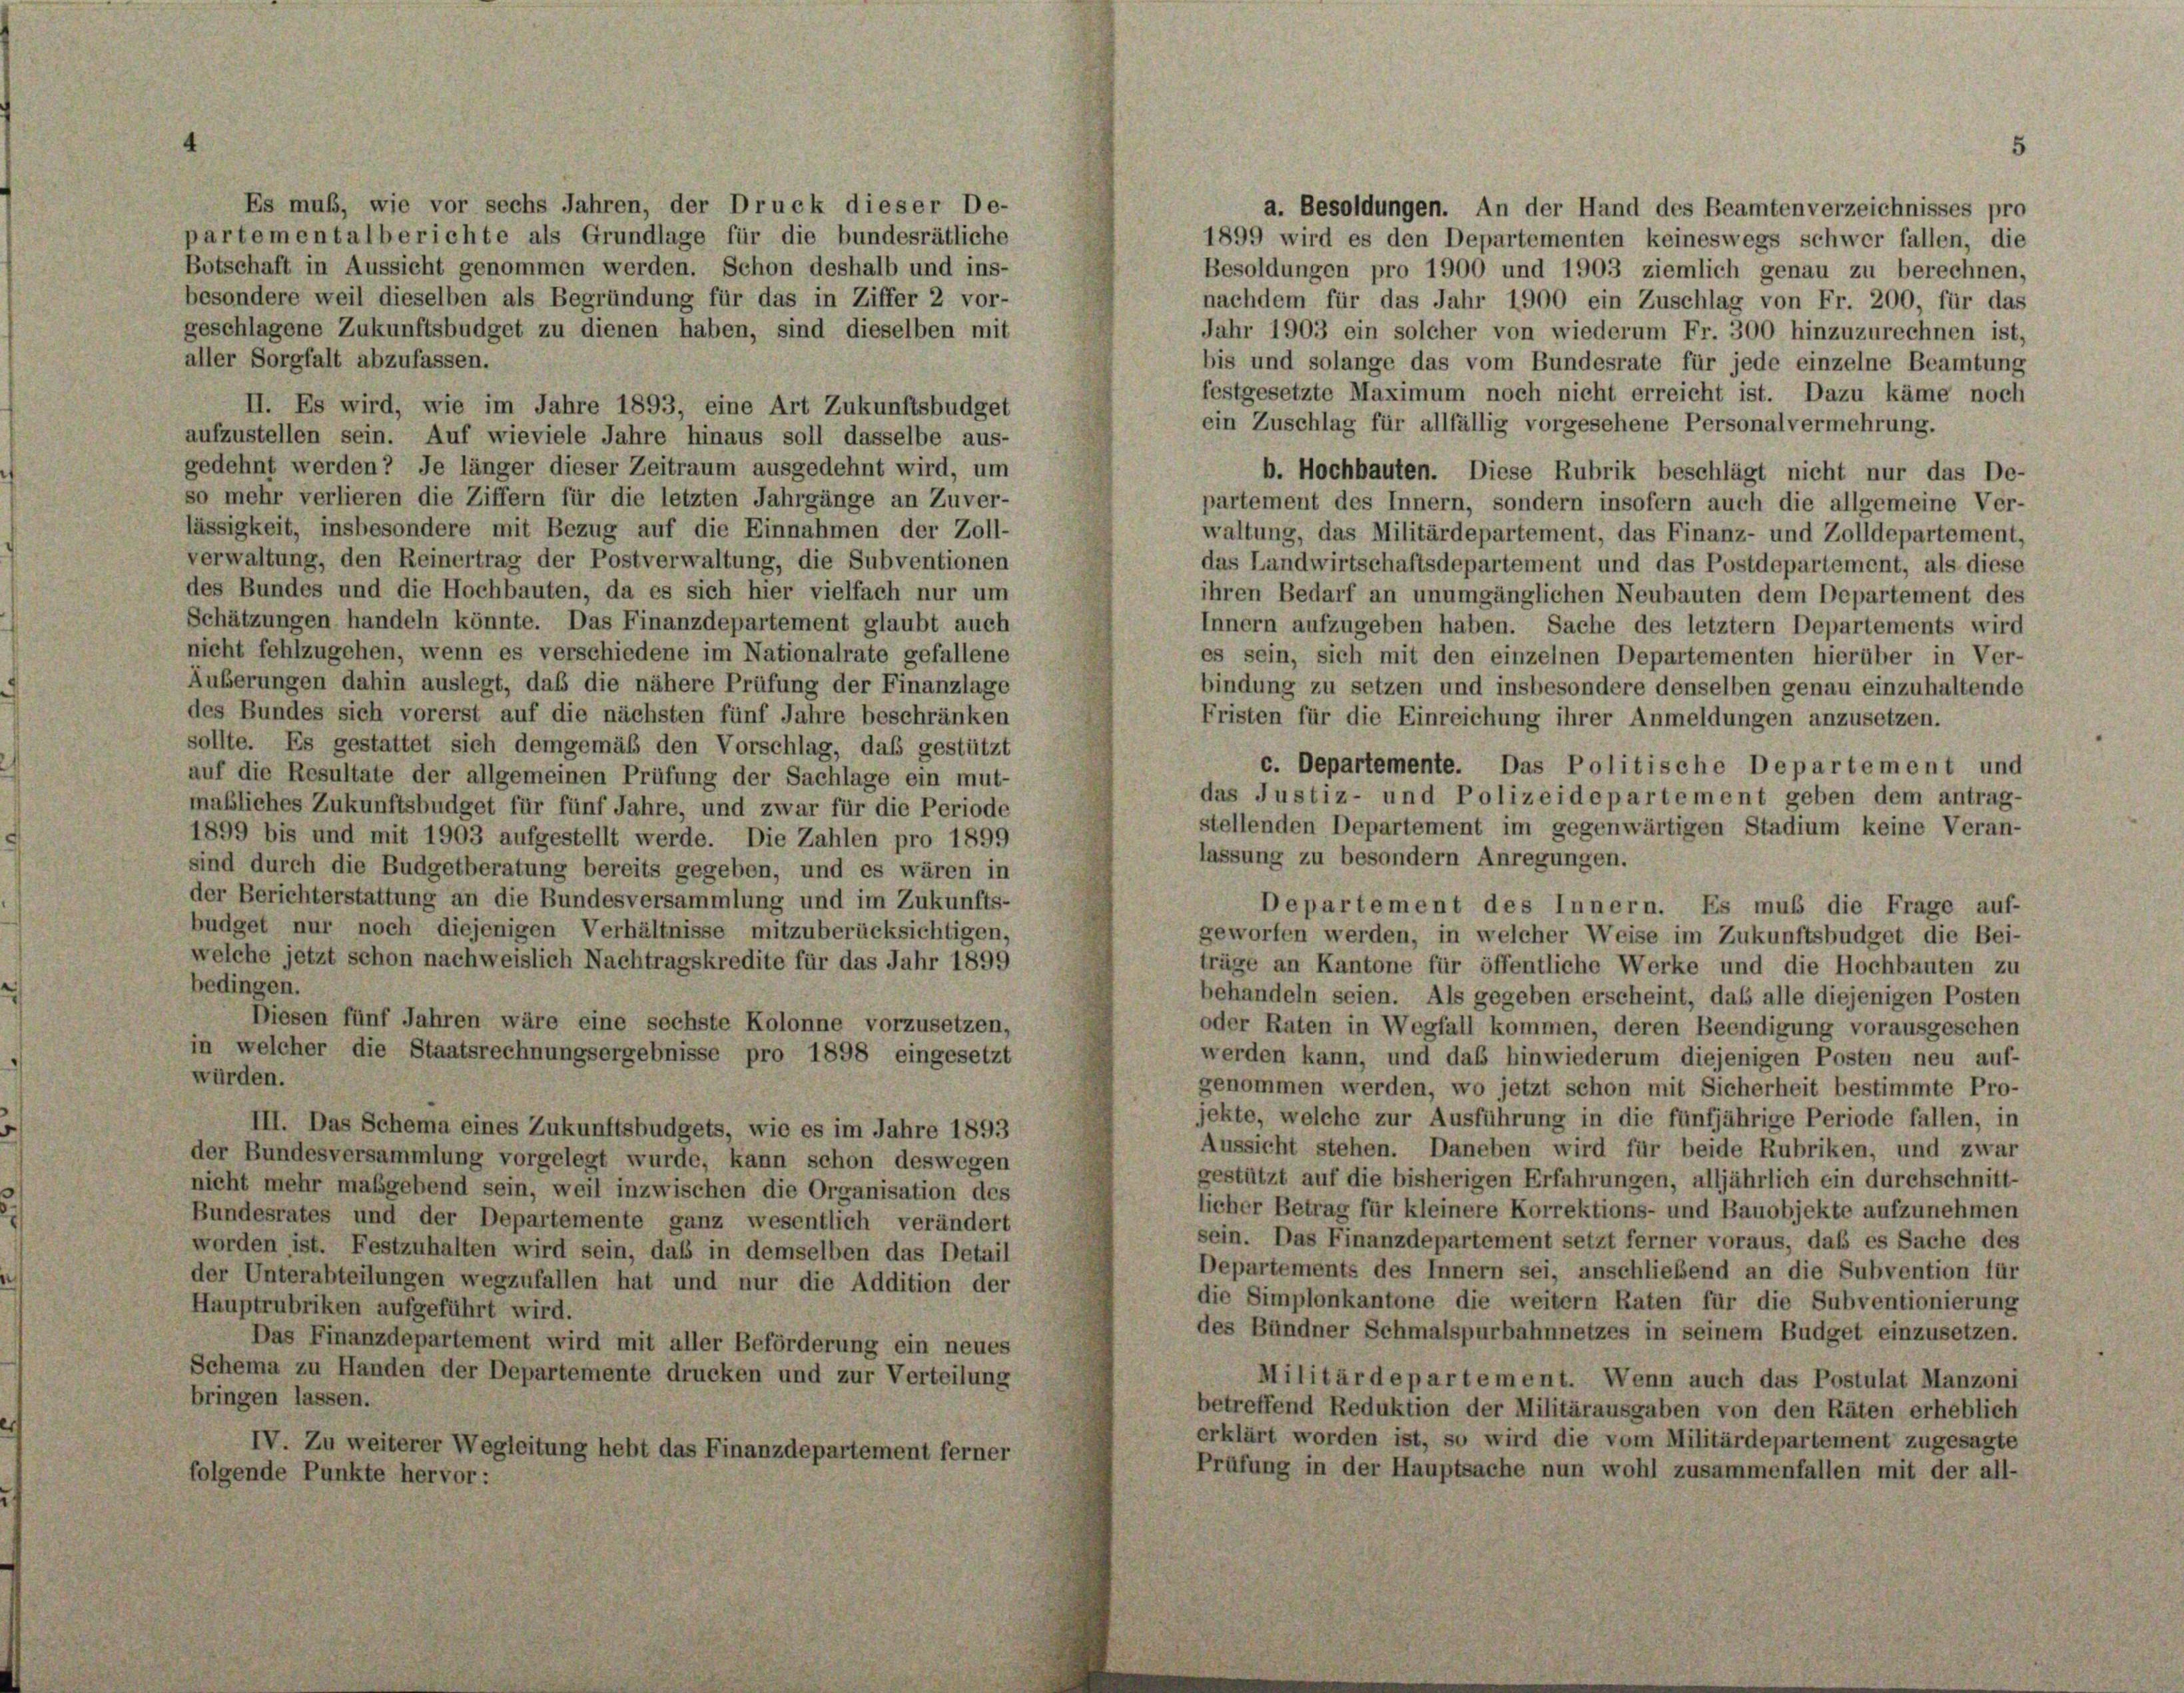
Es muß, wie vor sechs Jahren, der Druck dieser De-
a. Besoldungen. An der Hand des Beamtenverzeichnisses pro
partementalberichte als Grundlage für die bundesrätliche
1899 wird es den Departementen keineswegs schwer fallen, die
Botschaft in Aussicht genommen werden. Schon deshalb und ins-
Besoldungen pro 1900 und 1903 ziemlich genau zu berechnen,
besondere weil dieselben als Begründung für das in Ziffer 2 vor-
nachdem für das Jahr 1900 ein Zuschlag von Fr. 200, für das
geschlagene Zukunftsbudget zu dienen haben, sind dieselben mit
Jahr 1903 ein solcher von wiederum Fr. 300 hinzuzurechnen ist,
aller Sorgfalt abzufassen.
bis und solange das vom Bundesrate für jede einzelne Beamtung
festgesetzte Maximum noch nicht erreicht ist. Dazu käme noch
II. Es wird, wie im Jahre 1893, eine Art Zukunftsbudget
ein Zuschlag für allfällig vorgesehene Personalvermehrung.
aufzustellen sein. Auf wieviele Jahre hinaus soll dasselbe aus-
gedehnt werden? Je länger dieser Zeitraum ausgedehnt wird, um
b. Hochbauten. Diese Rubrik beschlägt nicht nur das De
so mehr verlieren die Ziffern für die letzten Jahrgänge an Zuver-
partement des Innern, sondern insofern auch die allgemeine Ver
lässigkeit, insbesondere mit Bezug auf die Einnahmen der Zoll-
waltung, das Militärdepartement, das Finanz- und Zolldepartement
verwaltung, den Reinertrag der Postverwaltung, die Subventionen
das Landwirtschaftsdepartement und das Postdepartement, als diese
des Bundes und die Hochbauten, da es sich hier vielfach nur um
ihren Bedarf an unumgänglichen Neubauten dem Departement des
Schätzungen handeln könnte. Das Finanzdepartement glaubt auch
Innern aufzugeben haben. Sache des letztem Departements wird
nicht fehlzugehen, wenn es verschiedene im Nationalrate gefallene
es sein, sich mit den einzelnen Departementen hierüber in Ver
Äußerungen dahin auslegt, daß die nähere Prüfung der Finanzlage
bindung zu setzen und insbesondere denselben genau einzuhaltende
des Bundes sich vorerst auf die nächsten fünf Jahre beschränken
Fristen für die Einreichung ihrer Anmeldungen anzusetzen.
sollte. Es gestattet sich demgemäß den Vorschlag, daß gestützt
c. Departemente. Das Politische Departement und
auf die Resultate der allgemeinen Prüfung der Sachlage ein mut-
das Justiz- und Polizeidepartement geben dem antrag-
maßliches Zukunftsbudget für fünf Jahre, und zwar für die Periode
stellenden Departement im gegenwärtigen Stadium keine Veran-
1899 bis und mit 1903 aufgestellt werde. Die Zahlen pro 1899
lassung zu besondern Anregungen.
sind durch die Budgetberatung bereits gegeben, und es wären in
der Berichterstattung an die Bundesversammlung und im Zukunfts-
Departement des Innern. Es muß die Frage auf-
budget nur noch diejenigen Verhältnisse mitzuberücksichtigen,
geworfen werden, in welcher Weise im Zukunftsbudget die Bei-
welche jetzt schon nachweislich Nachtragskredite für das Jahr 1899
träge an Kantone für öffentliche Werke und die Hochbauten zu
bedingen.
behandeln seien. Als gegeben erscheint, das alle diejenigen Posten
Diesen fünf Jahren wäre eine sechste Kolonne vorzusetzen,
oder Raten in Wegfall kommen, deren Beendigung vorausgeschen
in welcher die Staatsrechnungsergebnisse pro 1898 eingesetzt
werden kann, und das hinwiederum diejenigen Posten neu auf-
würden.
genommen werden, wo jetzt schon mit Sicherheit bestimmte Pro-
jekte, welche zur Ausführung in die fünfjährige Periode fallen, in
III. Das Schema eines Zukunftsbudgets, wie es im Jahre 1893
Aussicht stehen. Daneben wird für beide Rubriken, und zwar
der Bundesversammlung vorgelegt wurde, kann schon deswegen
gestützt auf die bisherigen Erfahrungen, alljährlich ein durchschnitt
nicht mehr maßgebend sein, weil inzwischen die Organisation des
licher Betrag für kleinere Korrektions- und Bauobjekte aufzunehmen
Bundesrates und der Departemente ganz wesentlich verändert
sein. Das Finanzdepartement setzt ferner voraus, daß es Sache des
worden ist. Festzuhalten wird sein, daß in demselben das Detail
Departements des Innern sei, anschließend an die Subvention für
der Unterabteilungen wegzufallen hat und nur die Addition der
die Simplonkantone die weitern Raten für die Subventionierung
Hauptrubriken aufgeführt wird.
des Bündner Schmalspurbahnnetzes in seinem Budget einzusetzen.
Das Finanzdepartement wird mit aller Beförderung ein neues
Schema zu Handen der Departemente drucken und zur Verteilung
Militärdepartement. Wenn auch das Postulat Manzoni
bringen lassen.
betreffend Reduktion der Militärausgaben von den Räten erheblich
erklärt worden ist, so wird die vom Militärdepartement zugesagte
IV. Zu weiterer Wegleitung hebt das Finanzdepartement ferner
Prüfung in der Hauptsache nun wohl zusammenfallen mit der all-
folgende Punkte hervor: